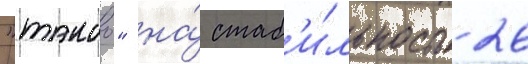
"такао" на́ стаб'и́льность 26